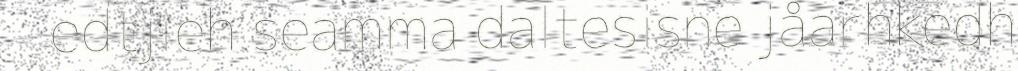
edtjieh seamma daltesisne jåarhkedh